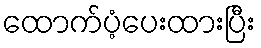
ထောက်ပံ့ပေးထားပြီး